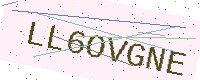
Text: LL6OVGNE